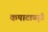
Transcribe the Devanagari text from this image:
कपाटाकृती